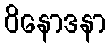
ဝိနောဒနာ